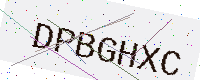
Text: DPBGHXC